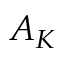
A _ { K }